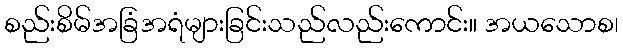
စည်းစိမ်အခြံအရံများခြင်းသည်လည်းကောင်း။ အယသောစ၊